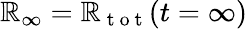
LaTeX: \mathbb{R}_{\infty}=\mathbb{R}_{\mathrm{{~t~o~t~}}}(t=\infty)